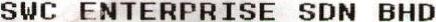
SWC ENTERPRISE SDN BHD